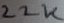
Text: 22K